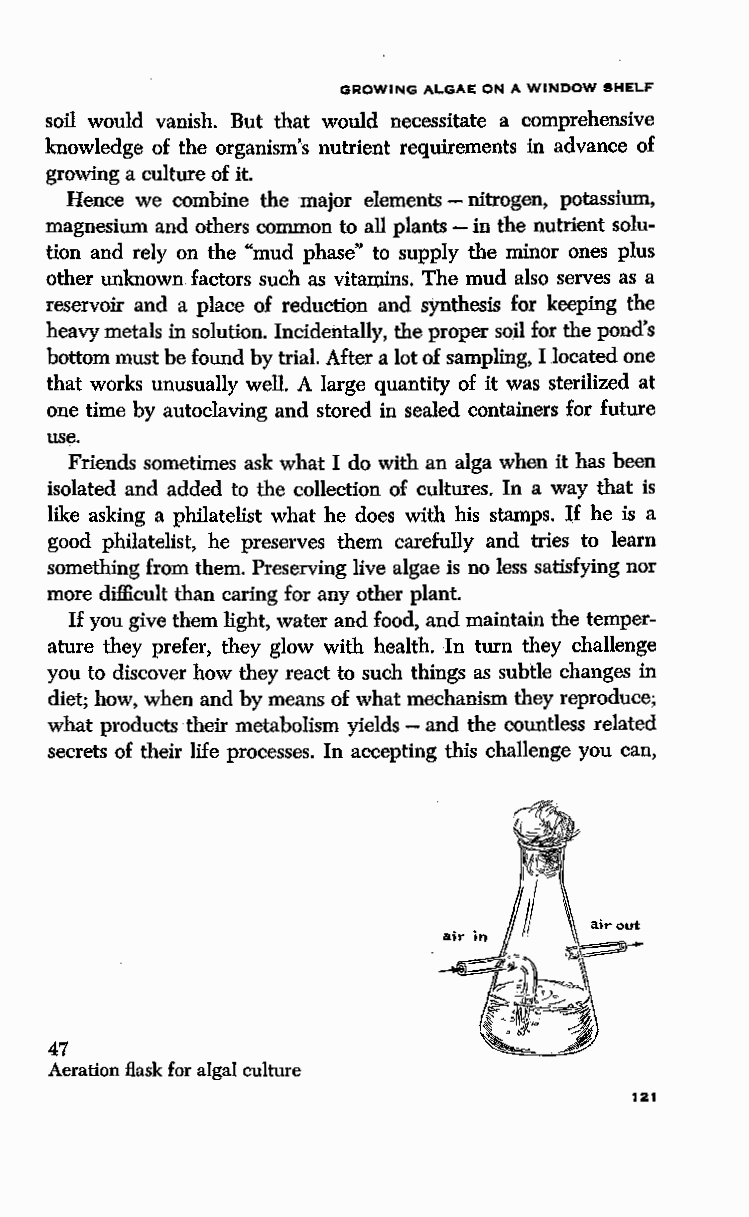
GROWING ALGAE ON A WINDOW SHELF
 soil would vanish. But that would necessitate a comprehensive
 knowledge of the organism's nutrient requirements in advance of
 growing a culture of it.
 Hence we combine the major elements - nitrogen, potassium,
 magnesium and others common to all plants - in the nutrient solu
 tion and rely on the "mud phase" to supply the minor ones plus
 other unknown factors such as vitan;lins. The mud also serves as a
 reservoir and a place of reduction and synthesis for keeping the
 heavy metals in solution. Incidentally, the proper soil for the pond's
 bottom must be found by trial. After a lot of sampling, I located one
 that works unusually well. A large quantity of it was sterilized at
 one time by autoclaving and stored in sealed containers for future
 use.
 Friends sometimes ask what I do with an alga when it has been
 isolated and added to the collection of cultures. In a way that is
 like asking a philatelist what he does with his stamps. If he is a
 good philatelist, he preserves them carefully and tries to learn
 something from them. Preserving live algae is no less satisfying nor
 more difficult than caring for any other plant.
 If you give them light, water and food, and maintain the temper
 ature they prefer, they glow with health. In turn they challenge
 you to discover how they react to such things as subtle changes in
 diet; how, when and by means of what mechanism they reproduce;
 what products their metabolism yields - and the countless related
 secrets of their life processes. In accepting this challenge you can,
 47
 Aeration flask for algal culture
 121